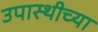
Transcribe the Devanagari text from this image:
उपास्थीच्या